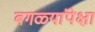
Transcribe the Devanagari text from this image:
बगळ्यांपेक्षा